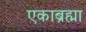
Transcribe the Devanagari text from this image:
एकाब्रह्मा